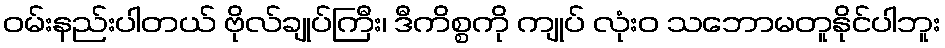
ဝမ်းနည်းပါတယ် ဗိုလ်ချုပ်ကြီး၊ ဒီကိစ္စကို ကျုပ် လုံးဝ သဘောမတူနိုင်ပါဘူး